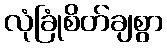
လုံခြုံစိတ်ချစွာ